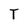
Character: T